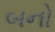
બનો